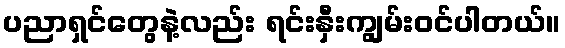
ပညာရှင်တွေနဲ့လည်း ရင်းနှီးကျွမ်းဝင်ပါတယ်။